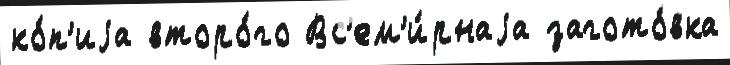
ко́п'иjа второ́го Вс'ем'и́рнаjа загото́вка